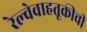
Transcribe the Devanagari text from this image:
रेल्वेवाहतूकीची